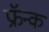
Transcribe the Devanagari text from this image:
फ्रॅन्क